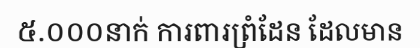
៥.០០០នាក់ ការពារព្រំដែន ដែលមាន